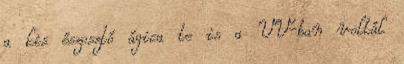
a kis észosztó ágica te is a VV-ban voltál